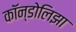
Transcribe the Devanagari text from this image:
कॉन्डोलिझा